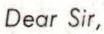
Dear Sir,